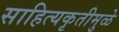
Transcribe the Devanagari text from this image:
साहित्यकृतीमुळे